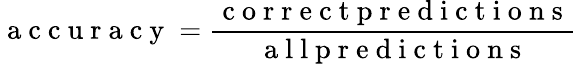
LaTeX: \mathrm{~a~c~c~u~r~a~c~y~}=\frac{\mathrm{~c~o~r~r~e~c~t~p~r~e~d~i~c~t~i~o~n~s~}}{\mathrm{~a~l~l~p~r~e~d~i~c~t~i~o~n~s~}}